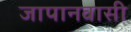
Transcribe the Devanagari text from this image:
जापानवासी